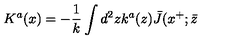
K ^ { a } ( x ) = - { \frac { 1 } { k } } \int d ^ { 2 } z k ^ { a } ( z ) \bar { J } ( x ^ { + } ; \bar { z }